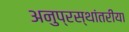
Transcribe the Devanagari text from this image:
अनुप्रस्थांतरीया